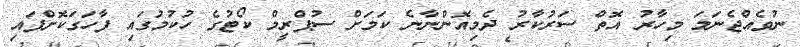
ނުވެއްޖެނަމަ މިހާރު އޮތް ސަރުކާރު ދެމިއޮންނާނެ ކަމަށް ސުޕްރީމް ކޯޓުގެ ހުކުމުގައި ފާހަގަކޮށްފައި